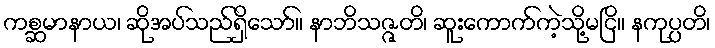
ကစ္ဆမာနာယ၊ ဆိုအပ်သည်ရှိသော်။ နာဘိသဇ္ဇတိ၊ ဆူးကောက်ကဲ့သို့မငြိ။ နကုပ္ပတိ၊